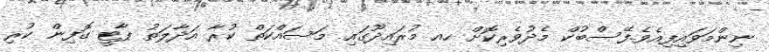
ނިންމަވައިފިއެވެ.ފޭސްބުކް މެދުވެރިކޮށް ހއ މުރައިދޫގައި މަސައްކަތް ކުރާ އަދާލަތު ޕާޓީ ގޮފިން ކުރި